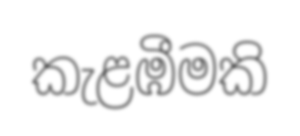
කැළඹීමකි